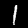
Digit: 1